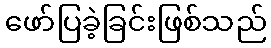
ဖော်ပြခဲ့ခြင်းဖြစ်သည်